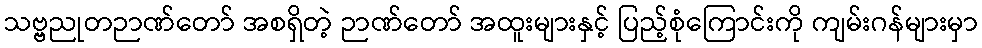
သဗ္ဗညုတဉာဏ်တော် အစရှိတဲ့ ဉာဏ်တော် အထူးများနှင့် ပြည့်စုံကြောင်းကို ကျမ်းဂန်များမှာ